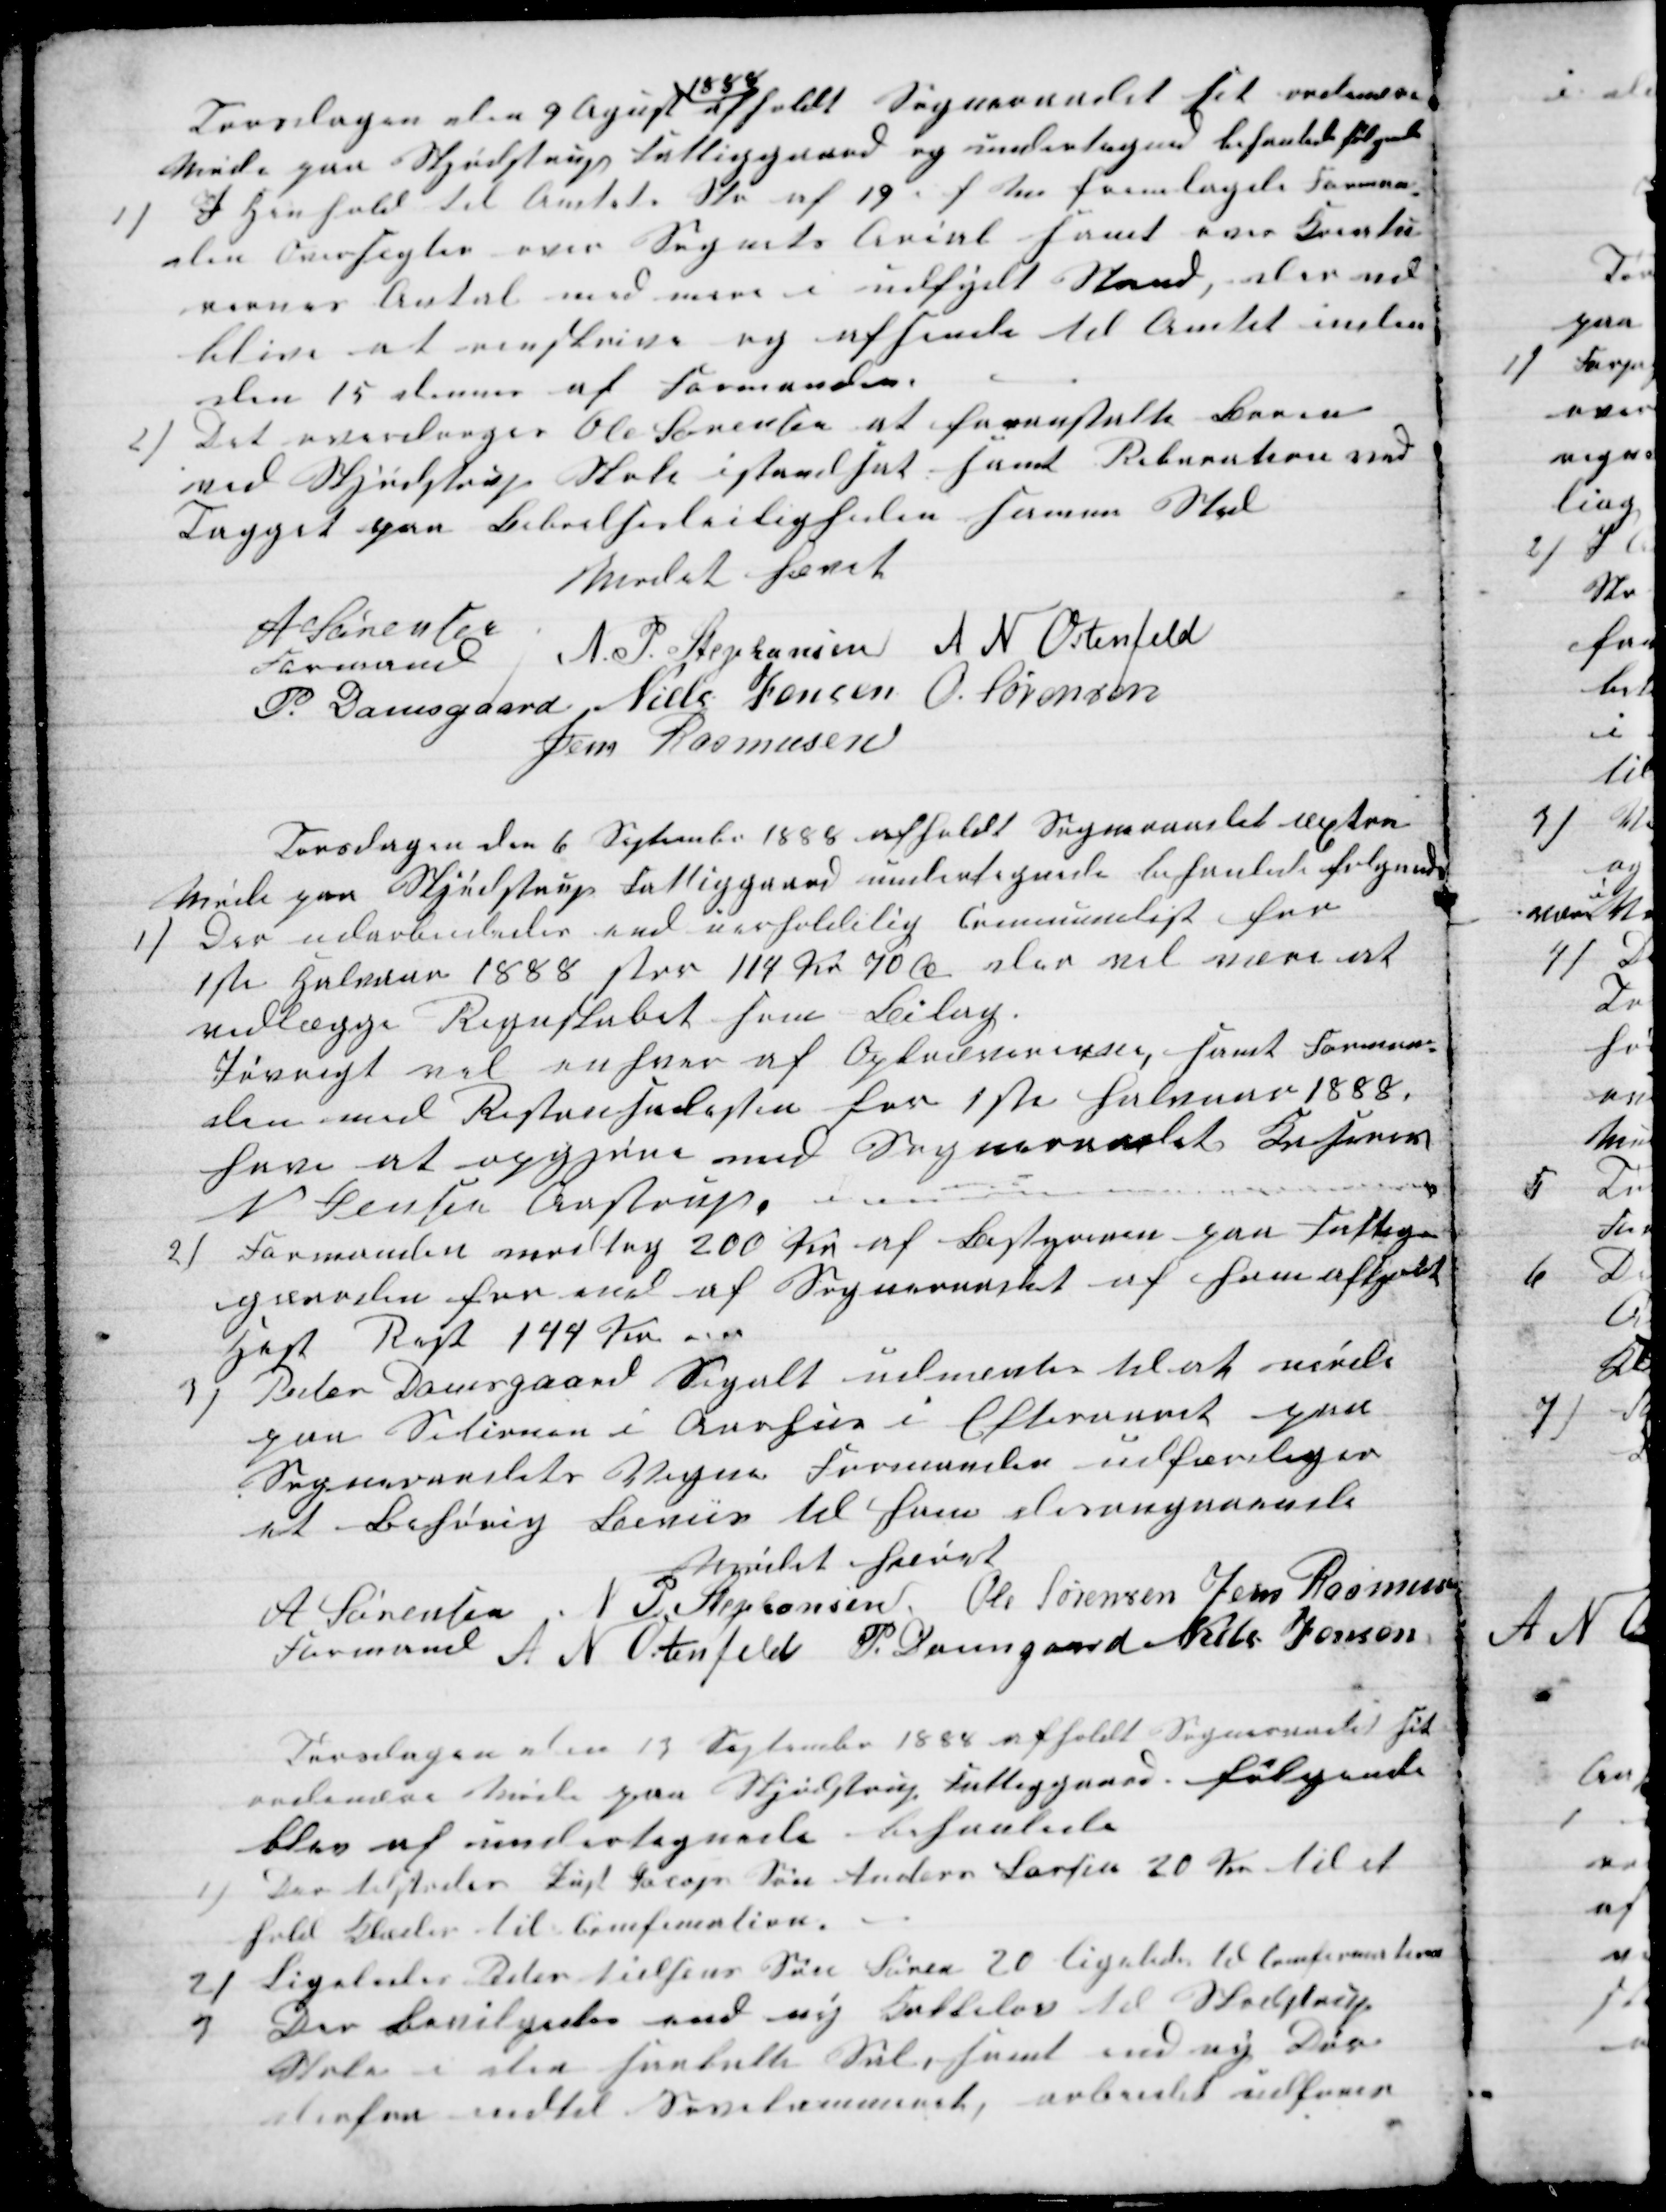
Transskription:
Torsdagen den 9 Agust 
1888
afholdt Sogneraadet sit ordinære
Møde paa Skjødstrup Fattiggaard og undertegnede behanlede følgende
1) I Henhold til Amtets Skr af 19. f M fremlagde Forman-
den Oversigter over Sognets Arial samt over Kreatu-
rernes Antal med mere i udfyldt Stand, der ved
blive at renskrive og afsende til Amtet inden
den 15 dennes af Formanden.
2) Det overdroges Ole Sørensen at foranstalte Broen
ved Skjødstrup Skole istandsat, samt Rebaration ved
Tagget paa Beboelsesleiligheden samme Sted
Mødet hævet
A Sørensen
Formand
N. P. Stephansen A N Ostenfeld
P. Damsgaard Niels Jensen O. Sørensen
Jens Rasmusen
Torsdagen den 6 September 1888 afholdt Sogneraadet æxtra
Møde paa Skjødstrup Fattiggaard undertegnede behanlede følgende
1)
Der udarbeidedes end uerfoldelig Communelist for
1ste Halvaar 1888 stor 114 kr 70 Ø der vil være at
vedlægge Regnskabet som Bilag.
Iøvrigt vel enhver af Opkræverne, samt Forman-
den med Restanselisten for 1ste halvaar 1888,
have at opgjøre med Sogneraadets Kaserer
N Jensen Aastrup.
2) Formanden modtog 200 Kr af Bestyreren paa Fattig-
gaarden for end af Sogneraadet af ham afkjøbt
Hest Rest 144 Kr.
3) Peder Damsgaard Segalt udnævtes til at møde
paa Setionen i Aarhus i Efteraaret paa
Sogneraadets Vegne Formanden udfærdiger
et Behørig Beviis til ham desangaaende
Mødet hævet
A Sørensen 
Formand 
N P Stephansen Ole Sørensen Jens Rasmusen
A N Ostenfeld P. Damsgaard Niels Jensen
Torsdagen den 13 September 1888 afholdt Sogneraadet sit
ordinære Møde fra Skjødstrup Fattiggaard. følgende
blev af undertegnede behanlede
1)
Der tilstodes Pust Jacops Søn Anders Larsen 20 Kr til et
hold Klæder til Comfimation.
2) Ligeledes Peder Nielsens Søn Søren 20 ligeledes til Comfirmationen
3
Der bevilgedes med ny Kakkelov til Skjødstrup
Skole i den saakalte Sal, samt end ny Dør
derfra indtil Sovekammeret, arbeidet udføres